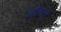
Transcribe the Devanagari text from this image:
अँपच्या